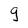
Character: g